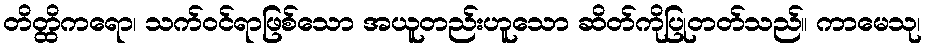
တိတ္ထိကရော၊ သက်ဝင်ရာဖြစ်သော အယူတည်းဟူသော ဆိတ်ကိုပြုတတ်သည်။ ကာမေသု၊